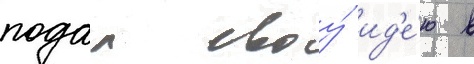
подал своу́ ид'е́ю в